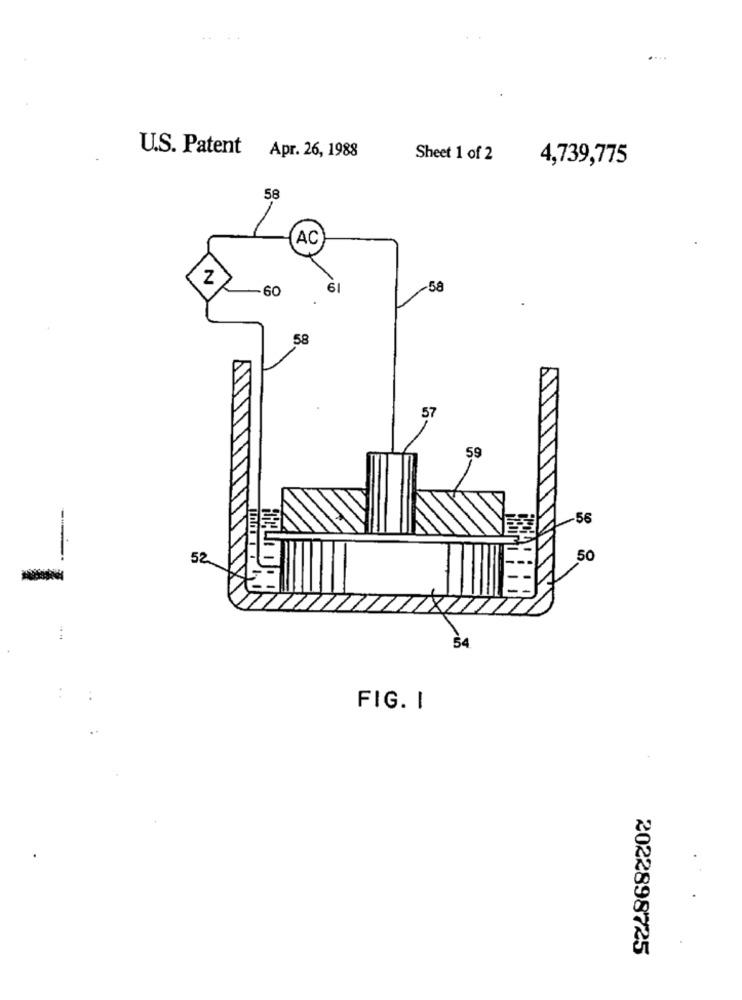
U.S. Patent Apr. 26, 1988
Sheet 1 of 2
4,739,775
58
AC
Z
60
61
58
58
57
59
56
52
50
54
FIG. I
2022898725